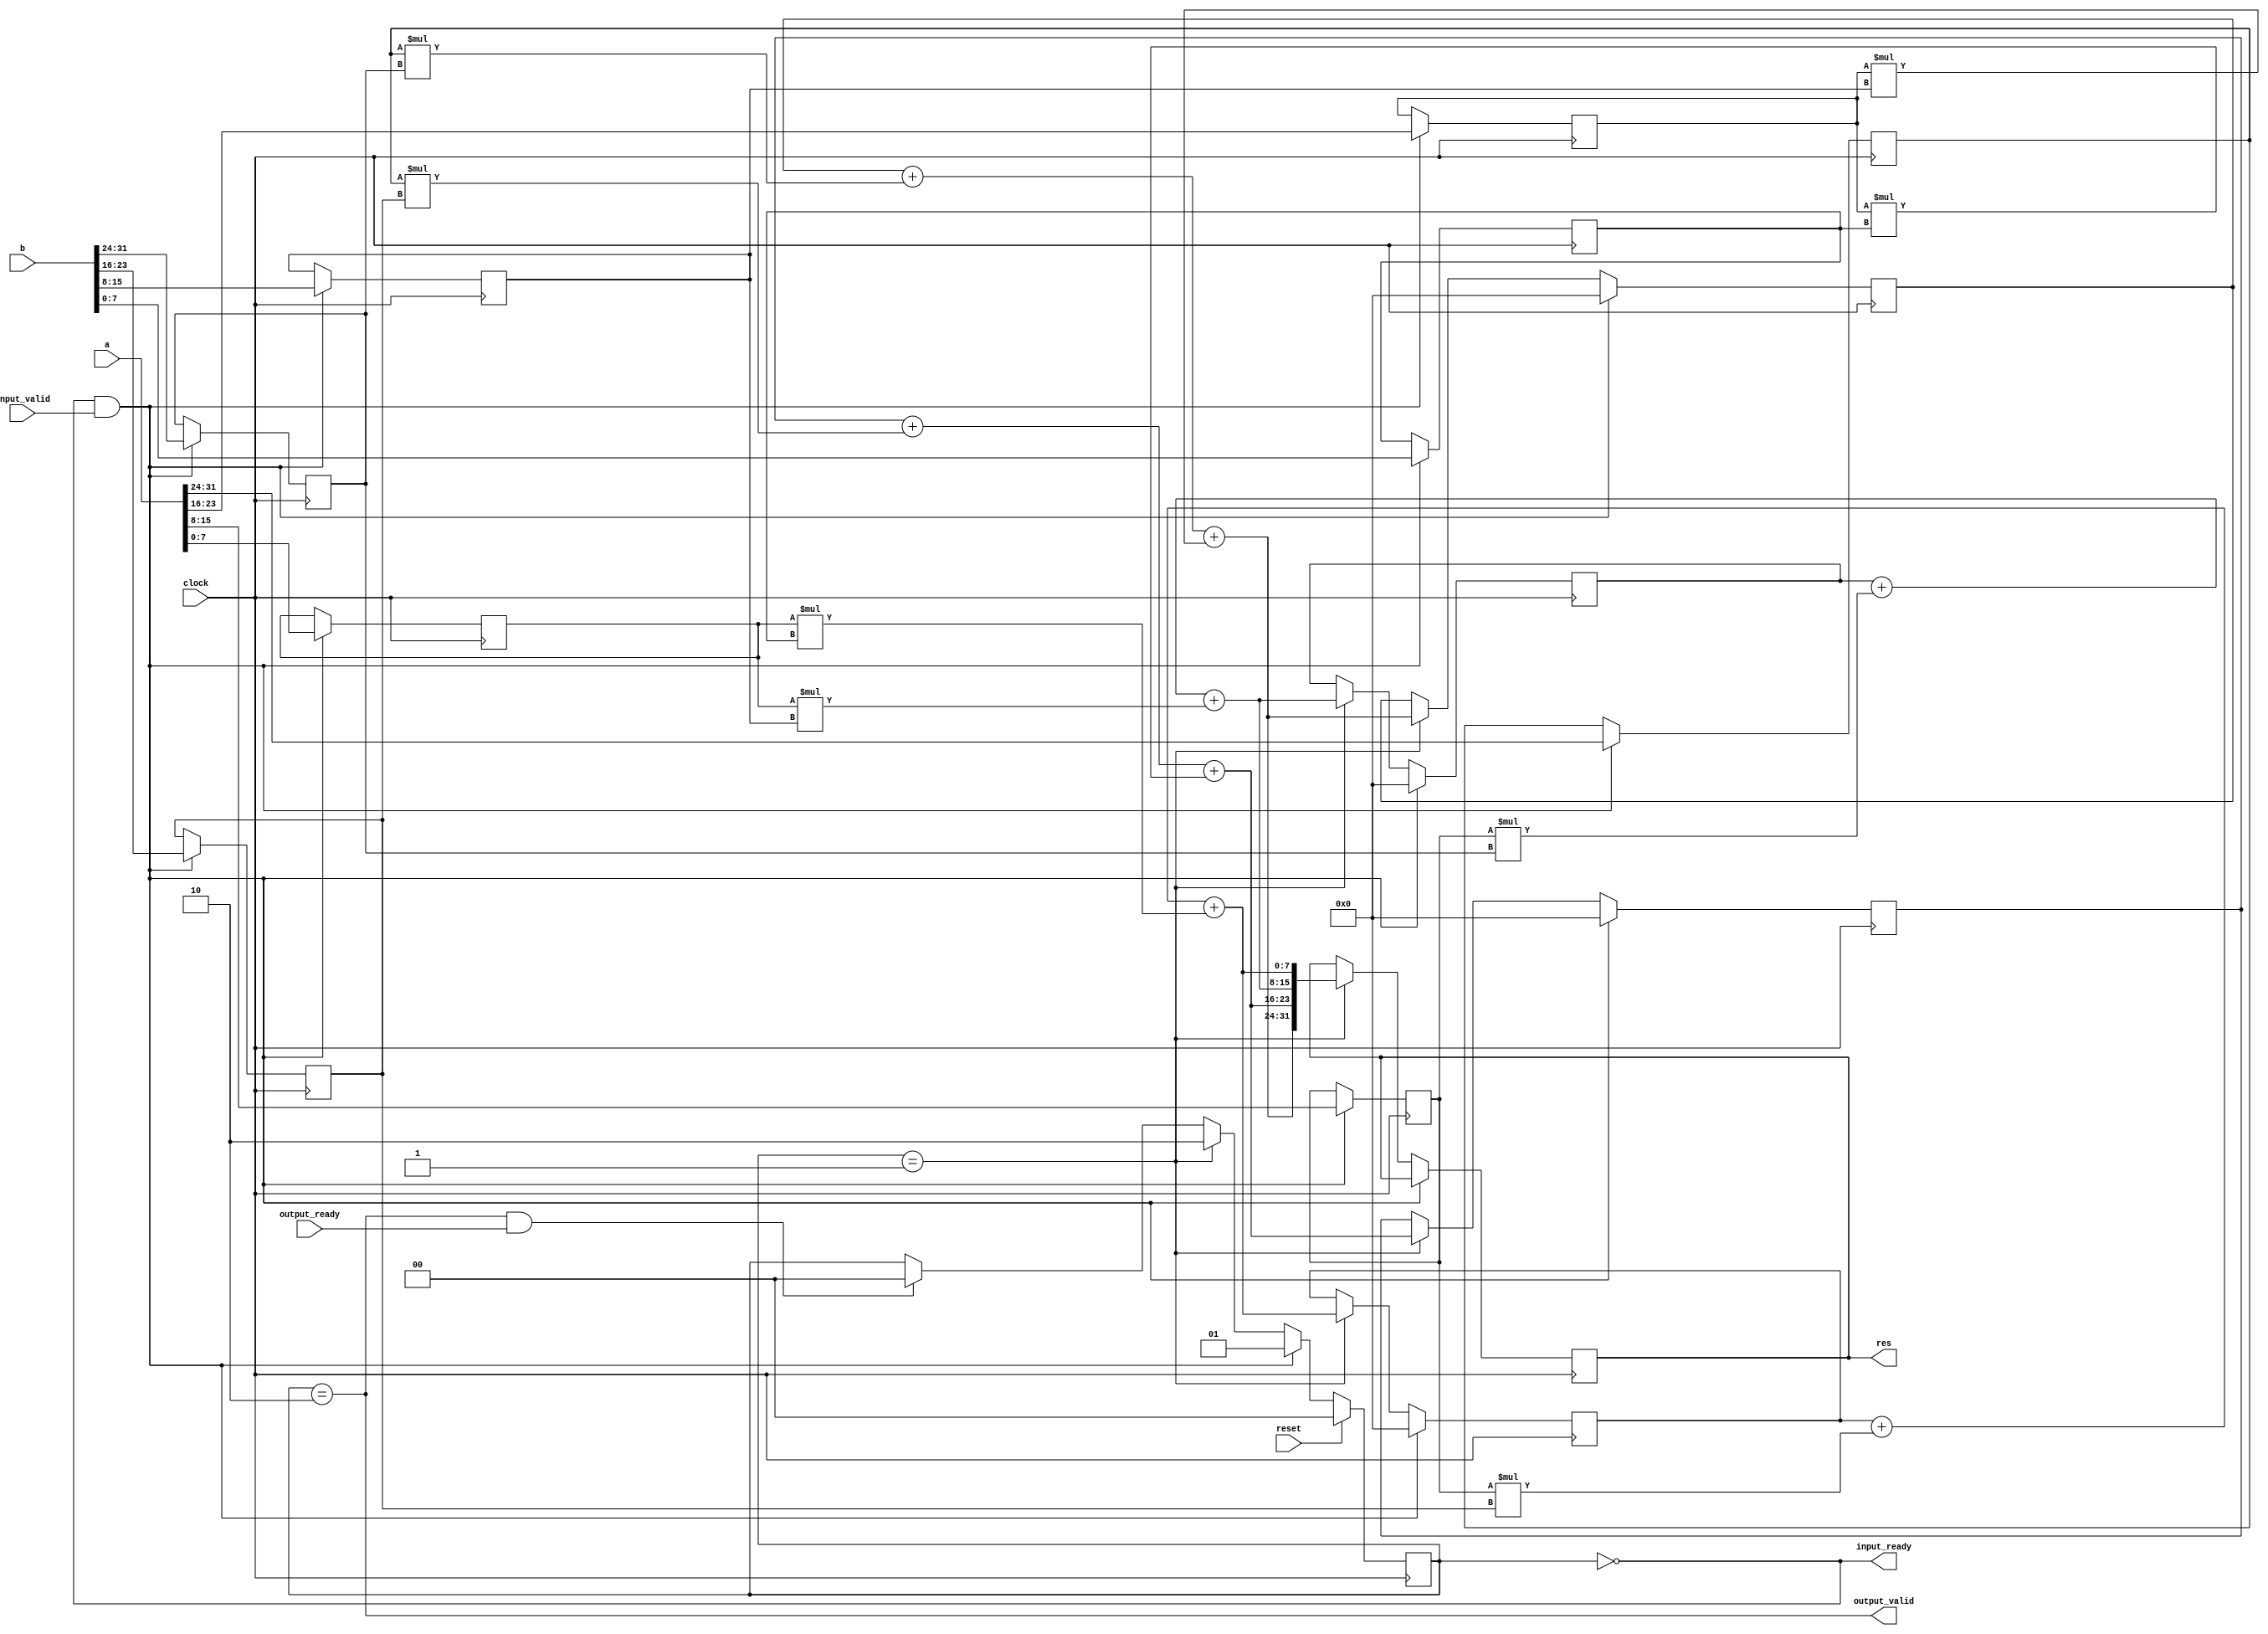
// This program was cloned from: https://github.com/benhuangpf/systolic-array
// License: MIT License

//Module for calculating Res = A*B
//Where A,B and C are 2 by 2 matrices.
module MMMMIOBlackBox
#(parameter WIDTH=32)(
    input                  clock,
    input                  reset,
    output                 input_ready,
    input                  input_valid,
    input                  output_ready,
    output                 output_valid,
    //input and output ports.
    //The size 32 bits which is 2*2=4 elements,each of which is 8 bits wide.    
    input [31:0] a,
    input [31:0] b,
    output reg [31:0] res
);

    localparam S_IDLE = 2'b00, S_RUN = 2'b01, S_DONE = 2'b10;

    reg [1:0]               state;

    assign input_ready = state == S_IDLE;
   assign output_valid = state == S_DONE;
   assign busy = state != S_IDLE;

   always @(posedge clock) begin
      if (reset)
        state <= S_IDLE;
      else if (state == S_IDLE && input_valid)
        state <= S_RUN;
      else if (state == S_RUN)
        state <= S_DONE;
      else if (state == S_DONE && output_ready)
        state <= S_IDLE;
   end
    
    //internal variables    
    // reg [31:0] Res;
    reg [7:0] A1 [0:1][0:1];
    reg [7:0] B1 [0:1][0:1];
    reg [7:0] Res1 [0:1][0:1]; 
    integer i,j,k;

    always @(posedge clock) begin
        if (state == S_IDLE && input_valid) begin
        //Initialize the matrices-convert 1 D to 3D arrays
            {A1[0][0],A1[0][1],A1[1][0],A1[1][1]} = a;
            {B1[0][0],B1[0][1],B1[1][0],B1[1][1]} = b;
            i = 0;
            j = 0;
            k = 0;
            {Res1[0][0],Res1[0][1],Res1[1][0],Res1[1][1]} = 32'd0; //initialize to zeros.
        end
        else if (state == S_RUN) begin
            //Matrix multiplication
            for(i=0;i < 2;i=i+1)
                for(j=0;j < 2;j=j+1)
                    for(k=0;k < 2;k=k+1)
                        Res1[i][j] = Res1[i][j] + (A1[i][k] * B1[k][j]);
            //final output assignment - 3D array to 1D array conversion.            
            res = {Res1[0][0],Res1[0][1],Res1[1][0],Res1[1][1]};    
        end        
    end 

endmodule